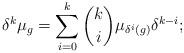
LaTeX: \begin{align*}\delta^k \mu_g=\sum_{i=0}^k \binom{k}{i}\mu_{\delta^i(g)}\delta^{k-i};\end{align*}